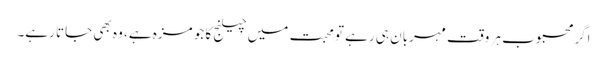
اگر محبوب ہر وقت مہربان ہی رہے تو محبت میں چیلنج کا جو مزہ ہے، وہ بھی جاتا رہے۔